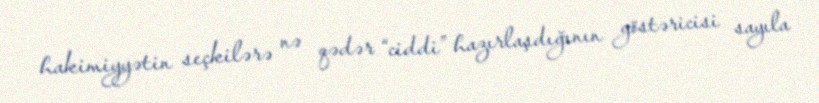
hakimiyyətin seçkilərə nə qədər “ciddi” hazırlaşdığının göstəricisi sayıla